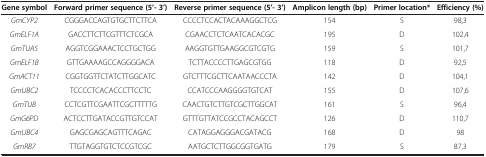
<table><thead><tr><td><b>Gene symbol</b></td><td><b>Forward primer sequence (5’- 3’)</b></td><td><b>Reverse primer sequence (5’- 3’)</b></td><td><b>Amplicon length (bp)</b></td><td><b>Primer location*</b></td><td><b>Efficiency (%)</b></td></tr></thead><tbody><tr><td><i>GmCYP2</i></td><td>CGGGACCAGTGTGCTTCTTCA</td><td>CCCCTCCACTACAAAGGCTCG</td><td>154</td><td>S</td><td>98,3</td></tr><tr><td><i>GmELF1A</i></td><td>GACCTTCTTCGTTTCTCGCA</td><td>CGAACCTCTCAATCACACGC</td><td>195</td><td>D</td><td>102,4</td></tr><tr><td><i>GmTUA5</i></td><td>AGGTCGGAAACTCCTGCTGG</td><td>AAGGTGTTGAAGGCGTCGTG</td><td>159</td><td>S</td><td>101,7</td></tr><tr><td><i>GmELF1B</i></td><td>GTTGAAAAGCCAGGGGACA</td><td>TCTTACCCCTTGAGCGTGG</td><td>118</td><td>D</td><td>92,5</td></tr><tr><td><i>GmACT11</i></td><td>CGGTGGTTCTATCTTGGCATC</td><td>GTCTTTCGCTTCAATAACCCTA</td><td>142</td><td>D</td><td>104,1</td></tr><tr><td><i>GmUBC2</i></td><td>TCCCCTCACACCCTTCCTC</td><td>CCATCCCAAGGGGTGTCAT</td><td>155</td><td>D</td><td>107,6</td></tr><tr><td><i>GmTUB</i></td><td>CCTCGTTCGAATTCGCTTTTTG</td><td>CAACTGTCTTGTCGCTTGGCAT</td><td>161</td><td>S</td><td>96,4</td></tr><tr><td><i>GmG6PD</i></td><td>ACTCCTTGATACCGTTGTCCAT</td><td>GTTTGTTATCCGCCTACAGCCT</td><td>126</td><td>D</td><td>110,7</td></tr><tr><td><i>GmUBC4</i></td><td>GAGCGAGCAGTTTCAGAC</td><td>CATAGGAGGGACGATACG</td><td>168</td><td>D</td><td>98</td></tr><tr><td><i>GmRB7</i></td><td>TTGTAGGTGTCTCCGTCGC</td><td>AATGCTCTTGGCGGTGATG</td><td>179</td><td>S</td><td>87,3</td></tr></tbody></table>